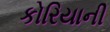
કોરિયાની